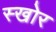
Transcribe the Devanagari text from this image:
स्खोर